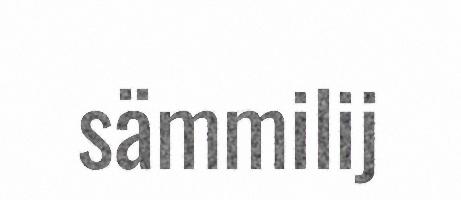
sämmilij